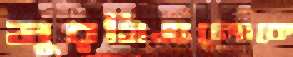
মুরগিগুলোকে